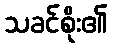
သခင်စိုး၏